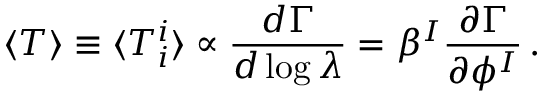
\langle T \rangle \equiv \langle T _ { i } ^ { i } \rangle \propto { \frac { d \Gamma } { d \log \lambda } } = \beta ^ { I } { \frac { \partial \Gamma } { \partial \phi ^ { I } } } \, .